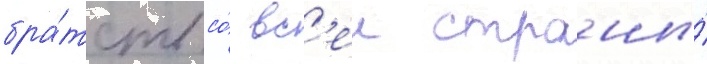
бра́тств со́ вс'еи страны́